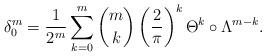
LaTeX: \begin{align*} \delta_0^m = \frac{1}{2^m}\sum_{k=0}^m \binom{m}{k} \left(\frac{2}{\pi}\right)^k\Theta^k\circ \Lambda^{m-k}. \end{align*}